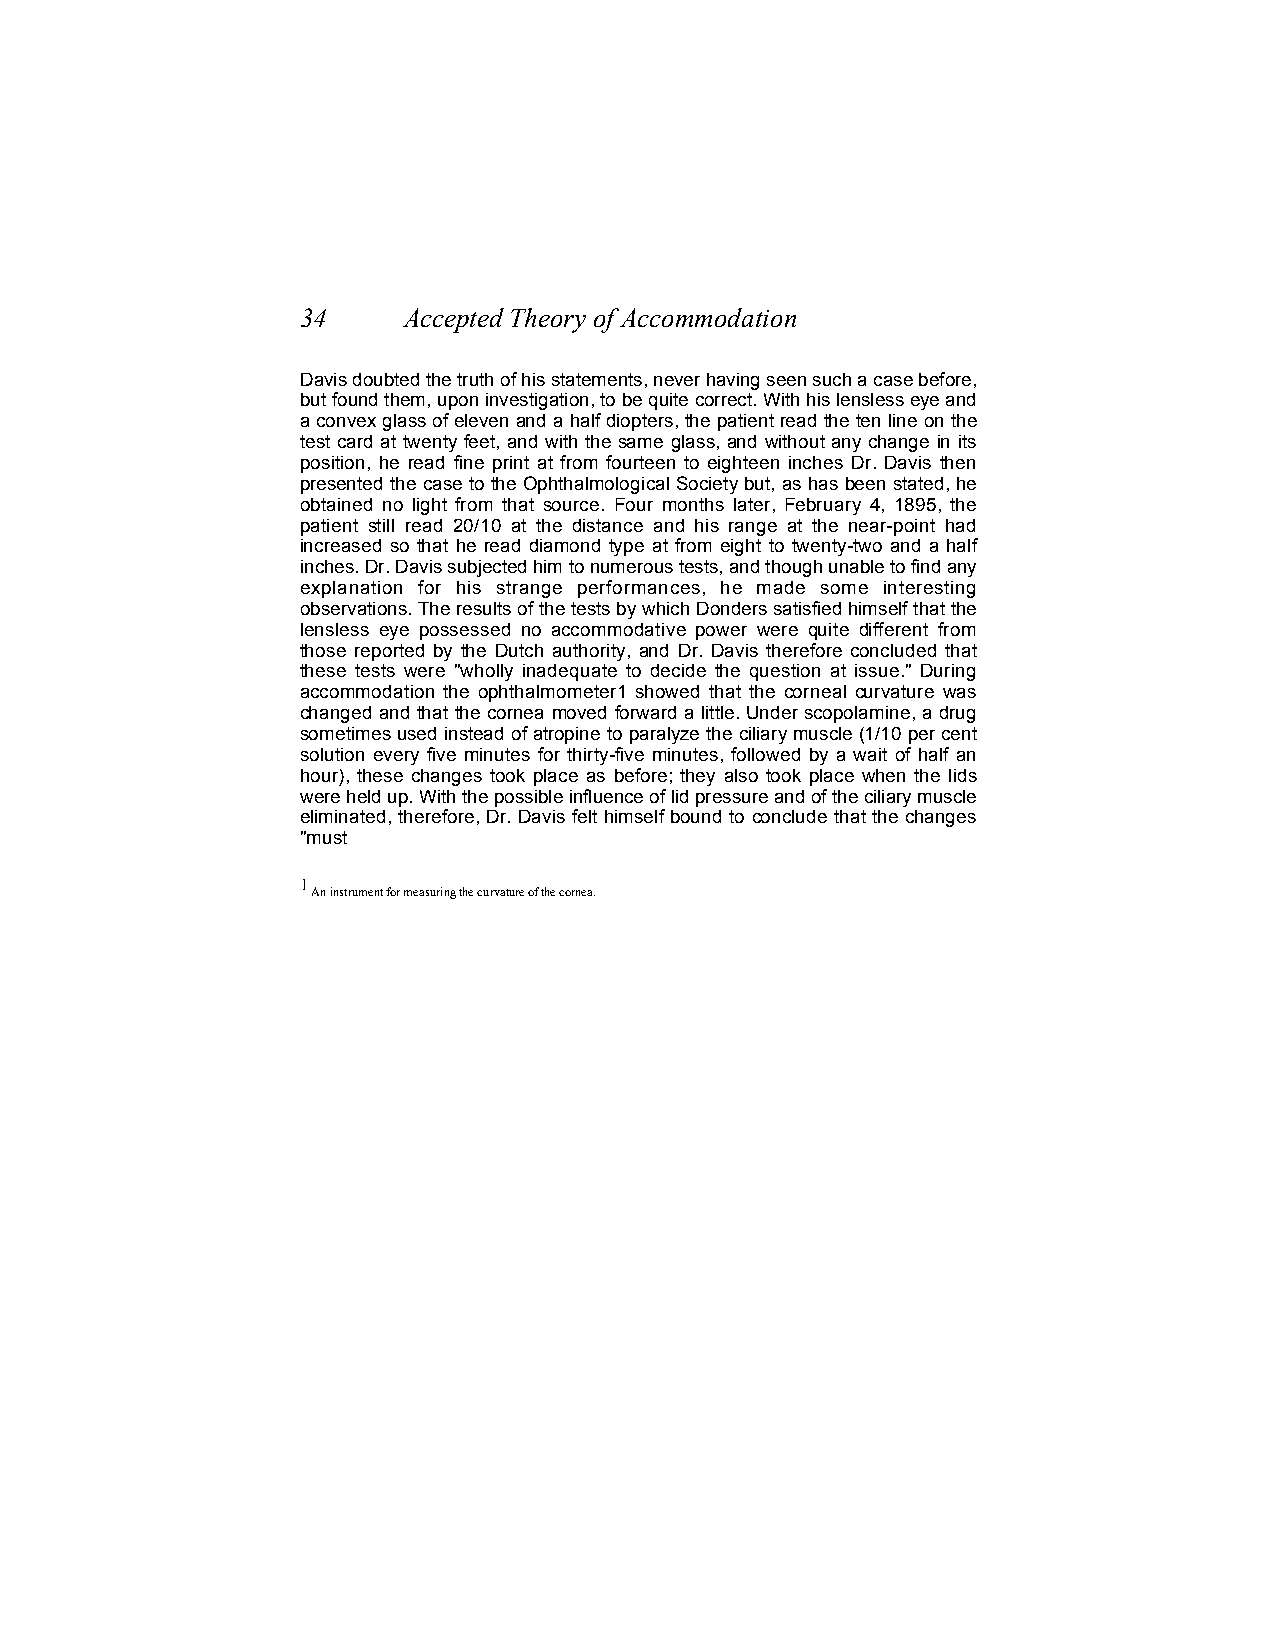
34     Accepted Theory of Accommodation
 Davis doubted the truth of his statements, never having seen such a case before,
 but found them, upon investigation, to be quite correct. With his lensless eye and
 a convex glass of eleven and a half diopters, the patient read the ten line on the
 test card at twenty feet, and with the same glass, and without any change in its
 position, he read fine print at from fourteen to eighteen inches Dr. Davis then
 presented the case to the Ophthalmological Society but, as has been stated, he
 obtained no light from that source. Four months later, February 4, 1895, the
 patient still read 20/10 at the distance and his range at the near-point had
 increased so that he read diamond type at from eight to twenty-two and a half
 inches. Dr. Davis subjected him to numerous tests, and though unable to find any
 explanation for his strange performances, he made some interesting
 observations. The results of the tests by which Donders satisfied himself that the
 lensless eye possessed no accommodative power were quite different from
 those reported by the Dutch authority, and Dr. Davis therefore concluded that
 these tests were "wholly inadequate to decide the question at issue." During
 accommodation the ophthalmometer1 showed that the corneal curvature was
 changed and that the cornea moved forward a little. Under scopolamine, a drug
 sometimes used instead of atropine to paralyze the ciliary muscle (1/10 per cent
 solution every five minutes for thirty-five minutes, followed by a wait of half an
 hour), these changes took place as before; they also took place when the lids
 were held up. With the possible influence of lid pressure and of the ciliary muscle
 eliminated, therefore, Dr. Davis felt himself bound to conclude that the changes
 "must
 1
 An instrument for measuring the curvature of the cornea.